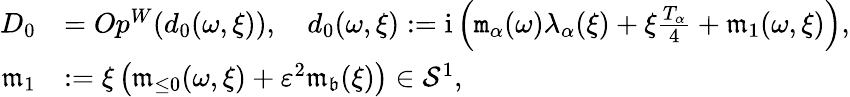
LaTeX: \begin{array}{rl}{D_{0}}&{=Op^{W}(d_{0}(\omega,\xi)),\quad d_{0}({\omega,\xi}):=\mathrm{i}\left(\mathtt{m}_{\alpha}(\omega)\lambda_{\alpha}(\xi)+\xi\frac{T_{\alpha}}4+\mathfrak{m}_{1}(\omega,\xi)\right),}\\ {\mathfrak{m}_{1}}&{:=\xi\left(\mathfrak{m}_{\le 0}(\omega,\xi)+\varepsilon^{2}\mathfrak{m}_{\mathfrak{b}}(\xi)\right)\in\mathcal{S}^{1},}\end{array}